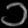
Digit: ၁